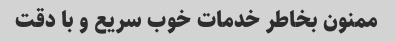
ممنون بخاطر خدمات خوب سریع و با دقت